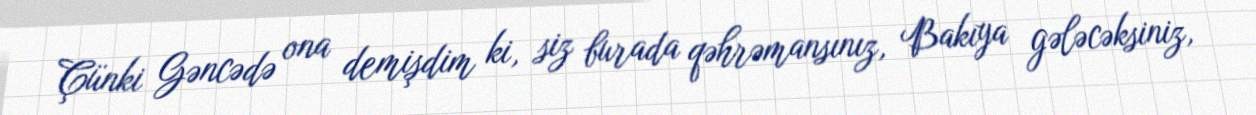
Çünki Gəncədə ona demişdim ki, siz burada qəhrəmansınız, Bakıya gələcəksiniz,